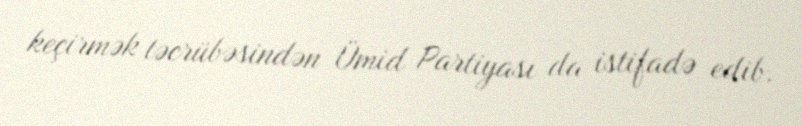
keçirmək təcrübəsindən Ümid Partiyası da istifadə edib.